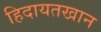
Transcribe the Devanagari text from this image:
हिदायतखान